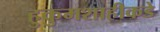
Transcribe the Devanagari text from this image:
हुकुमशाहीकडे